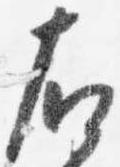
右